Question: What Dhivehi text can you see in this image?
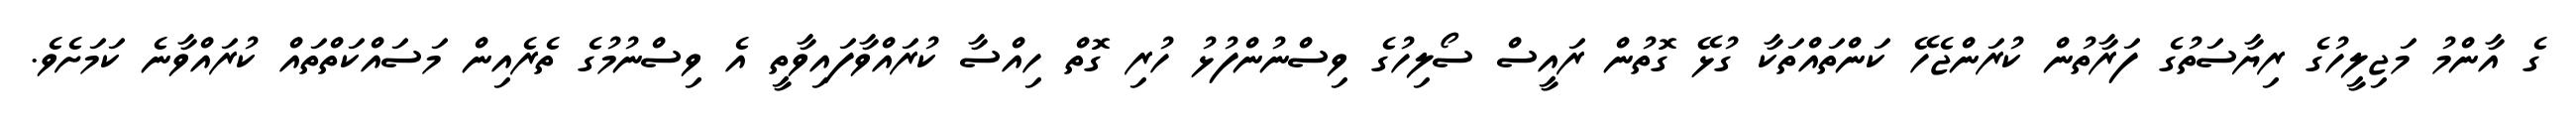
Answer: ގެ އާންމު މަޖިލީހުގެ ރިޔާސަތުގެ ފަރާތުން ކުރަންޖެހޭ ކަންތައްތަކާ ގުޅޭ ގޮތުން ރައީސް ސޯލިހުގެ ވިސްނުންފުޅު ހުރި ގޮތް ހިއްސާ ކުރައްވާފައިވާތީ އެ ވިސްނުމުގެ ތެރެއިން މަސައްކަތްތައް ކުރައްވާނެ ކަމަށެވެ.